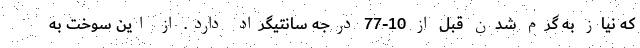
که نیاز به گرم شدن قبل از 10-77 درجه سانتیگراد دارد. از این سوخت به